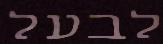
לבעל